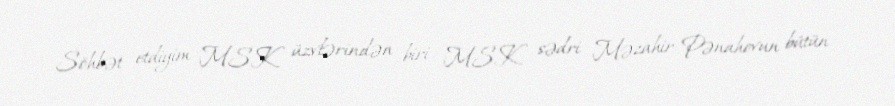
Söhbət etdiyim MSK üzvlərindən biri MSK sədri Məzahir Pənahovun bütün